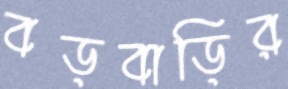
বড়বাড়ির